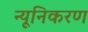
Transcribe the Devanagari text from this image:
न्यूनिकरण